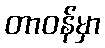
တာဝန်မှာ